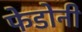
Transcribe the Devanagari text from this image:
फेडोनी